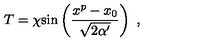
T = \chi \mathrm { s i n } \left( { \frac { x ^ { p } - x _ { 0 } } { \sqrt { 2 \alpha ^ { \prime } } } } \right) \ ,